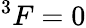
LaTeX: ^3F=0